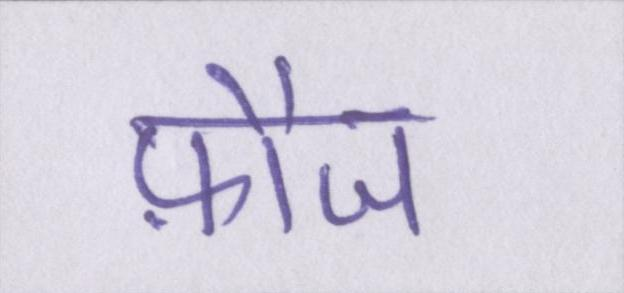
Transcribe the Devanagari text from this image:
फ़ौज